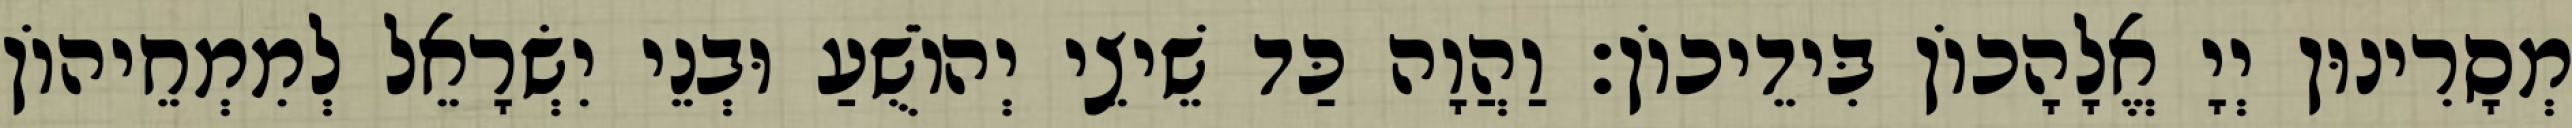
מְסָרִינוּן יְיָ אֱלָהָכוֹן בִּידֵיכוֹן׃ וַהֲוָה כַּד שֵׁיצֵי יְהוֹשֻׁעַ וּבְנֵי יִשְׂרָאֵל לְמִמְחֵיהוֹן